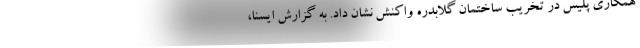
همکاری پلیس در تخریب ساختمان گلابدره واکنش نشان داد. به گزارش ایسنا،